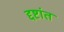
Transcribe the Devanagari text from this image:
द्दष्टांत